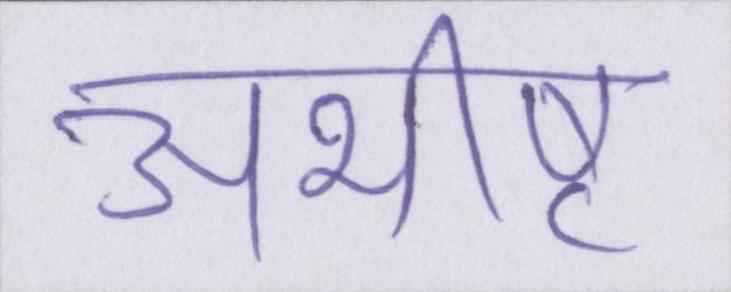
अभीष्ट